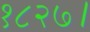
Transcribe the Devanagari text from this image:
१८२७।